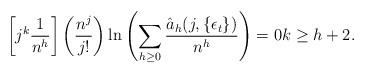
LaTeX: \begin{align*} \left[j^k \frac{1}{n^h} \right]\left(\frac{n^j}{j!} \right) \ln\left( \sum_{h \geq 0} \dfrac{\hat{a}_h(j,\left\{\epsilon_t\right\})}{n^h}\right)=0 k \geq h+2.\end{align*}